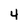
Character: 4